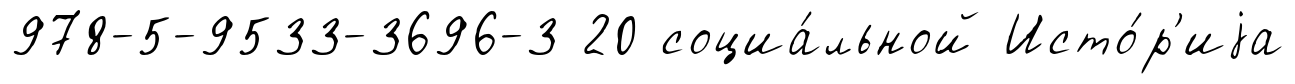
978-5-9533-3696-3 20 социа́льной Исто́р'иjа